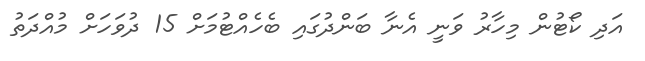
އަދި ކޯޓުން މިހާރު ވަނީ އެނާ ބަންދުގައި ބެހެއްޓުމަށް 15 ދުވަހަށް މުއްދަތު